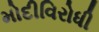
મોદીવિરોધી